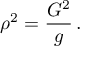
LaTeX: \rho ^ { 2 } = \frac { { \cal G } ^ { 2 } } { g } \, .